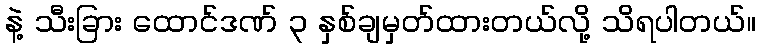
နဲ့ သီးခြား ထောင်ဒဏ် ၃ နှစ်ချမှတ်ထားတယ်လို့ သိရပါတယ်။